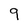
Character: q